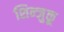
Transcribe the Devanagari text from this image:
शिन्जुकू